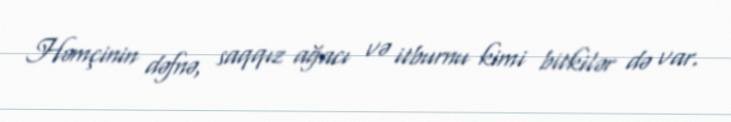
Həmçinin dəfnə, saqqız ağacı və itburnu kimi bitkilər də var.